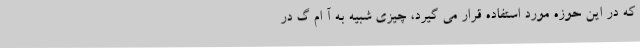
که در این حوزه مورد استفاده قرار می گیرد، چیزی شبیه به آ ام گ در